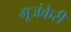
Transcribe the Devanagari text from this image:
गूजंकेरी